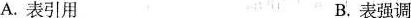
A.表引用 B.表强调